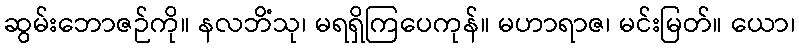
ဆွမ်းဘောဇဉ်ကို။ နလဘိံသု၊ မရရှိကြပေကုန်။ မဟာရာဇ၊ မင်းမြတ်။ ယော၊